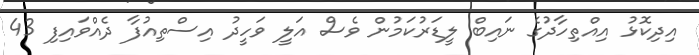
އިދިކޮޅު އިއްތިހާދުގެ ނައިބް ލީޑަރުކަމުން ވެސް އަލީ ވަހީދު އިސްތިއުފާ ދެއްވައިފި 43